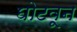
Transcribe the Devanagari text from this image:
घोटवून